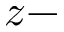
z -